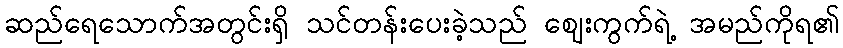
ဆည်ရေသောက်အတွင်းရှိ သင်တန်းပေးခဲ့သည် ဈေးကွက်ရဲ့ အမည်ကိုရ၏